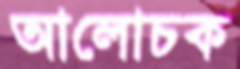
আলোচক